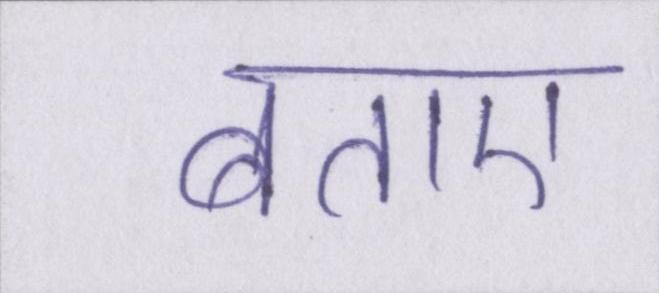
बताए